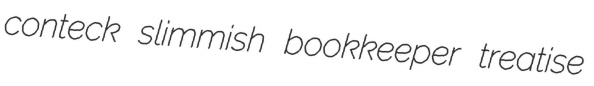
conteck slimmish bookkeeper treatise